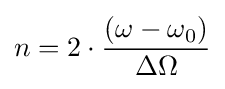
n=2\cdot {\frac {(\omega -\omega _{0})}{\Delta \Omega }}